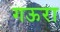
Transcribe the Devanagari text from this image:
गऊरा